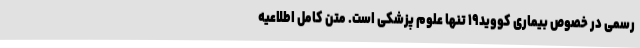
رسمی در خصوص بیماری کووید۱۹ تنها علوم پزشکی است. متن کامل اطلاعیه